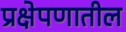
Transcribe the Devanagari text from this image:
प्रक्षेपणातील